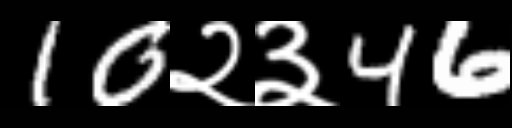
Text: 10२३46